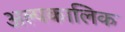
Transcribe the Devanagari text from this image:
अल्‍पकालिक